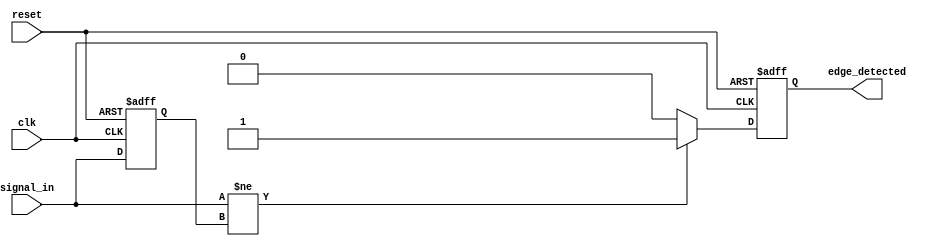
module dual_edge_detector (
    input wire clk,            // Clock signal
    input wire reset,          // Asynchronous reset signal
    input wire signal_in,      // Input signal to detect edges
    output reg edge_detected    // Output signal for edge detection
);

    reg signal_in_prev;        // Previous state of signal_in

    // Asynchronous reset and edge detection logic
    always @(posedge clk or posedge reset) begin
        if (reset) begin
            signal_in_prev <= 1'b0;  // Initialize previous state to low
            edge_detected <= 1'b0;    // Initialize edge detected to low
        end else begin
            // Edge detection logic
            if (signal_in != signal_in_prev) begin
                edge_detected <= 1'b1;  // Edge detected
            end else begin
                edge_detected <= 1'b0;  // No edge detected
            end
            
            // Update previous state
            signal_in_prev <= signal_in; 
        end
    end

endmodule